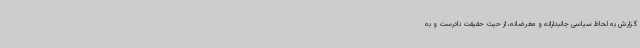
گزارش به لحاظ سیاسی جانبدارانه و مغرضانه، از حیث حقیقت نادرست و به